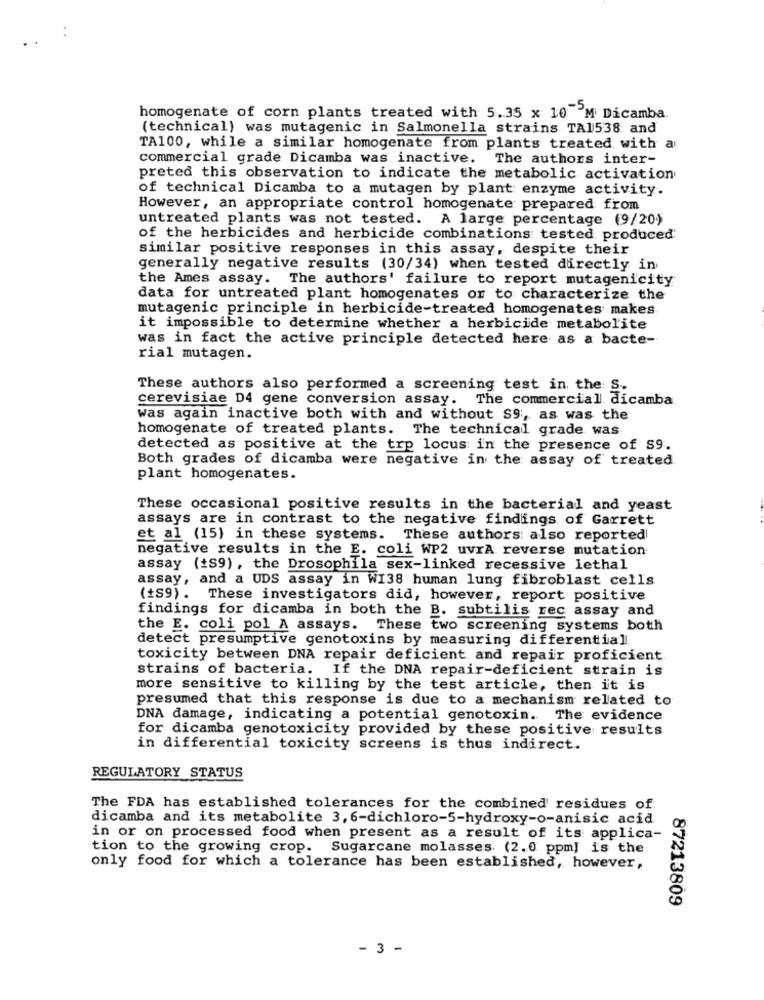
homogenate of corn plants treated with 5.35 x 10 M Dicamba.
(technical) was mutagenic in Salmonella strains TA1538 and
TA100, while a similar homogenate from plants treated with a
commercial grade Dicamba was inactive. The authors inter-
preted this observation to indicate the metabolic activation
of technical Dicamba to a mutagen by plant enzyme activity.
However, an appropriate control homogenate prepared from
untreated plants was not tested. A large percentage (9/20)
of the herbicides and herbicide combinations tested produced
similar positive responses in this assay, despite their
generally negative results (30/34) when tested directly in
the Ames assay. The authors' failure to report mutagenicity
data for untreated plant homogenates or to characterize the
mutagenic principle in herbicide-treated homogenates makes
it impossible to determine whether a herbicide metabolite
was in fact the active principle detected here as a bacte-
rial mutagen.
These authors also performed a screening test in the: S ..
cerevisiae D4 gene conversion assay. The commercial dicamba
was again inactive both with and without S9 :, as was the
homogenate of treated plants. The technical grade was
detected as positive at the trp locus in the presence of s9.
Both grades of dicamba were negative in the assay of treated.
plant homogenates.
These occasional positive results in the bacterial and yeast
assays are in contrast to the negative findings of Garrett
et al (15) in these systems. These authors: also reported
negative results in the E. coli WP2 uvrA reverse mutation
assay (+S9), the Drosophila sex-linked recessive lethal
assay, and a UDS assay in WI38 human lung fibroblast cells
(*S9). These investigators did, however, report positive
findings for dicamba in both the B. subtilis rec assay and
the E. coli pol A assays. These two screening systems botth
detect presumptive genotoxins by measuring differential
toxicity between DNA repair deficient and repair proficient
strains of bacteria. If the DNA repair-deficient strain is
more sensitive to killing by the test article, then it is
presumed that this response is due to a mechanism related to
DNA damage, indicating a potential genotoxin. The evidence
for dicamba genotoxicity provided by these positive results
in differential toxicity screens is thus indirect.
REGULATORY STATUS
The FDA has established tolerances for the combined' residues of
dicamba and its metabolite 3, 6-dichloro-5-hydroxy-o-anisic acid
in or on processed food when present as a result of its applica-
tion to the growing crop. Sugarcane molasses. (2.0 ppm] is the
only food for which a tolerance has been established, however,
87213809
- 3 -